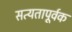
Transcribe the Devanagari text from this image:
सत्यतापूर्वक